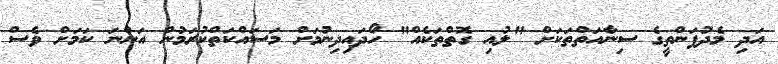
އަދި މެދުފަންތީގެ ސިނާއަތްތަކަށް "ލުއި ގޮތްތަކެއް" ހޯދައިދިނުމަށް މަސައްކަތްކުރަމުން އަންނަ ކަމަށް ވެސް